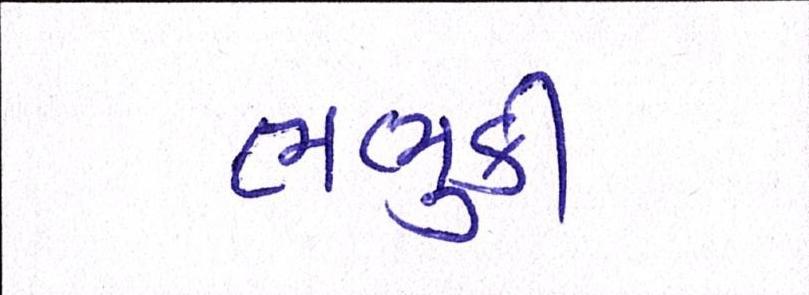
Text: ભભુકી